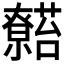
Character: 𬟖